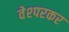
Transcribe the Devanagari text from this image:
वेश्परकर